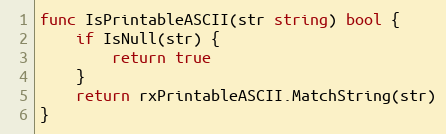
Language: Go
func IsPrintableASCII(str string) bool {
	if IsNull(str) {
		return true
	}
	return rxPrintableASCII.MatchString(str)
}